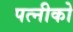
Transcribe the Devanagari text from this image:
पत्नीको